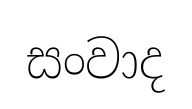
සංවාද